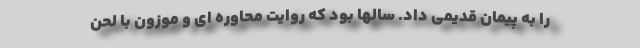
را به پیمان قدیمی داد. سالها بود که روایت محاوره ای و موزون با لحن